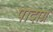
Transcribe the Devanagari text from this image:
पादाग्र